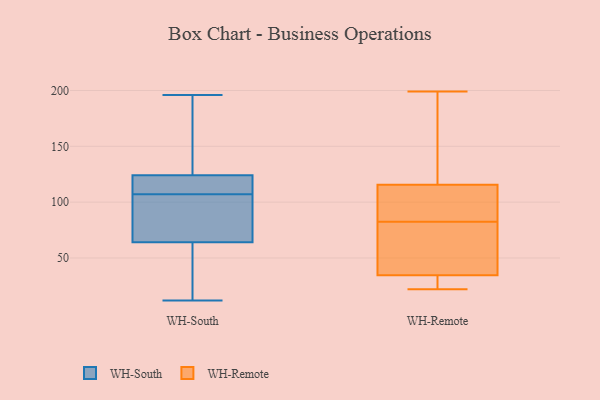
{"axis": {"x": "Satisfaction Score", "y": "Value"}, "legend": ["WH-Remote", "WH-South"], "data": [{"x": "", "y": 124, "type": "WH-South"}, {"x": "", "y": 111, "type": "WH-South"}, {"x": "", "y": 111, "type": "WH-South"}, {"x": "", "y": 64, "type": "WH-South"}, {"x": "", "y": 86, "type": "WH-South"}, {"x": "", "y": 196, "type": "WH-South"}, {"x": "", "y": 18, "type": "WH-South"}, {"x": "", "y": 103, "type": "WH-South"}, {"x": "", "y": 170, "type": "WH-South"}, {"x": "", "y": 12, "type": "WH-South"}, {"x": "", "y": 22, "type": "WH-Remote"}, {"x": "", "y": 162, "type": "WH-Remote"}, {"x": "", "y": 84, "type": "WH-Remote"}, {"x": "", "y": 94, "type": "WH-Remote"}, {"x": "", "y": 23, "type": "WH-Remote"}, {"x": "", "y": 46, "type": "WH-Remote"}, {"x": "", "y": 33, "type": "WH-Remote"}, {"x": "", "y": 105, "type": "WH-Remote"}, {"x": "", "y": 164, "type": "WH-Remote"}, {"x": "", "y": 36, "type": "WH-Remote"}, {"x": "", "y": 29, "type": "WH-Remote"}, {"x": "", "y": 90, "type": "WH-Remote"}, {"x": "", "y": 63, "type": "WH-Remote"}, {"x": "", "y": 99, "type": "WH-Remote"}, {"x": "", "y": 199, "type": "WH-Remote"}, {"x": "", "y": 166, "type": "WH-Remote"}, {"x": "", "y": 30, "type": "WH-Remote"}, {"x": "", "y": 66, "type": "WH-Remote"}, {"x": "", "y": 81, "type": "WH-Remote"}, {"x": "", "y": 126, "type": "WH-Remote"}]}